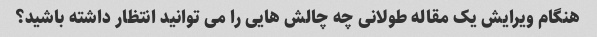
هنگام ویرایش یک مقاله طولانی چه چالش هایی را می توانید انتظار داشته باشید؟